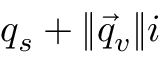
q _ { s } + \lVert { \vec { q } } _ { v } \rVert i